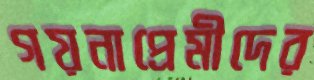
গয়নাপ্রেমীদের